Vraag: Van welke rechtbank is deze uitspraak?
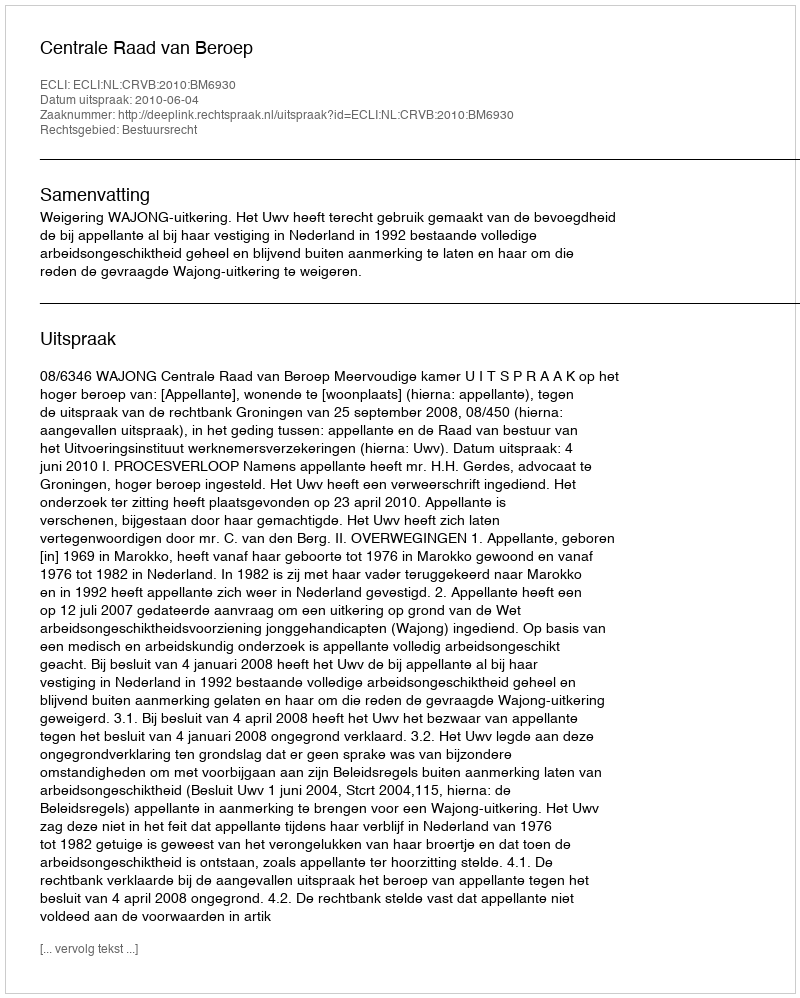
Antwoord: Centrale Raad van Beroep